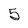
Character: 5